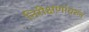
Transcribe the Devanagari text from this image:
निरीक्षणांवरुन